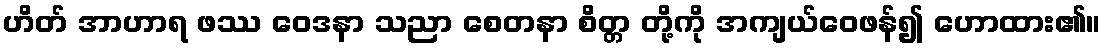
ဟိတ် အာဟာရ ဖဿ ဝေဒနာ သညာ စေတနာ စိတ္တ တို့ကို အကျယ်ဝေဖန်၍ ဟောထား၏။